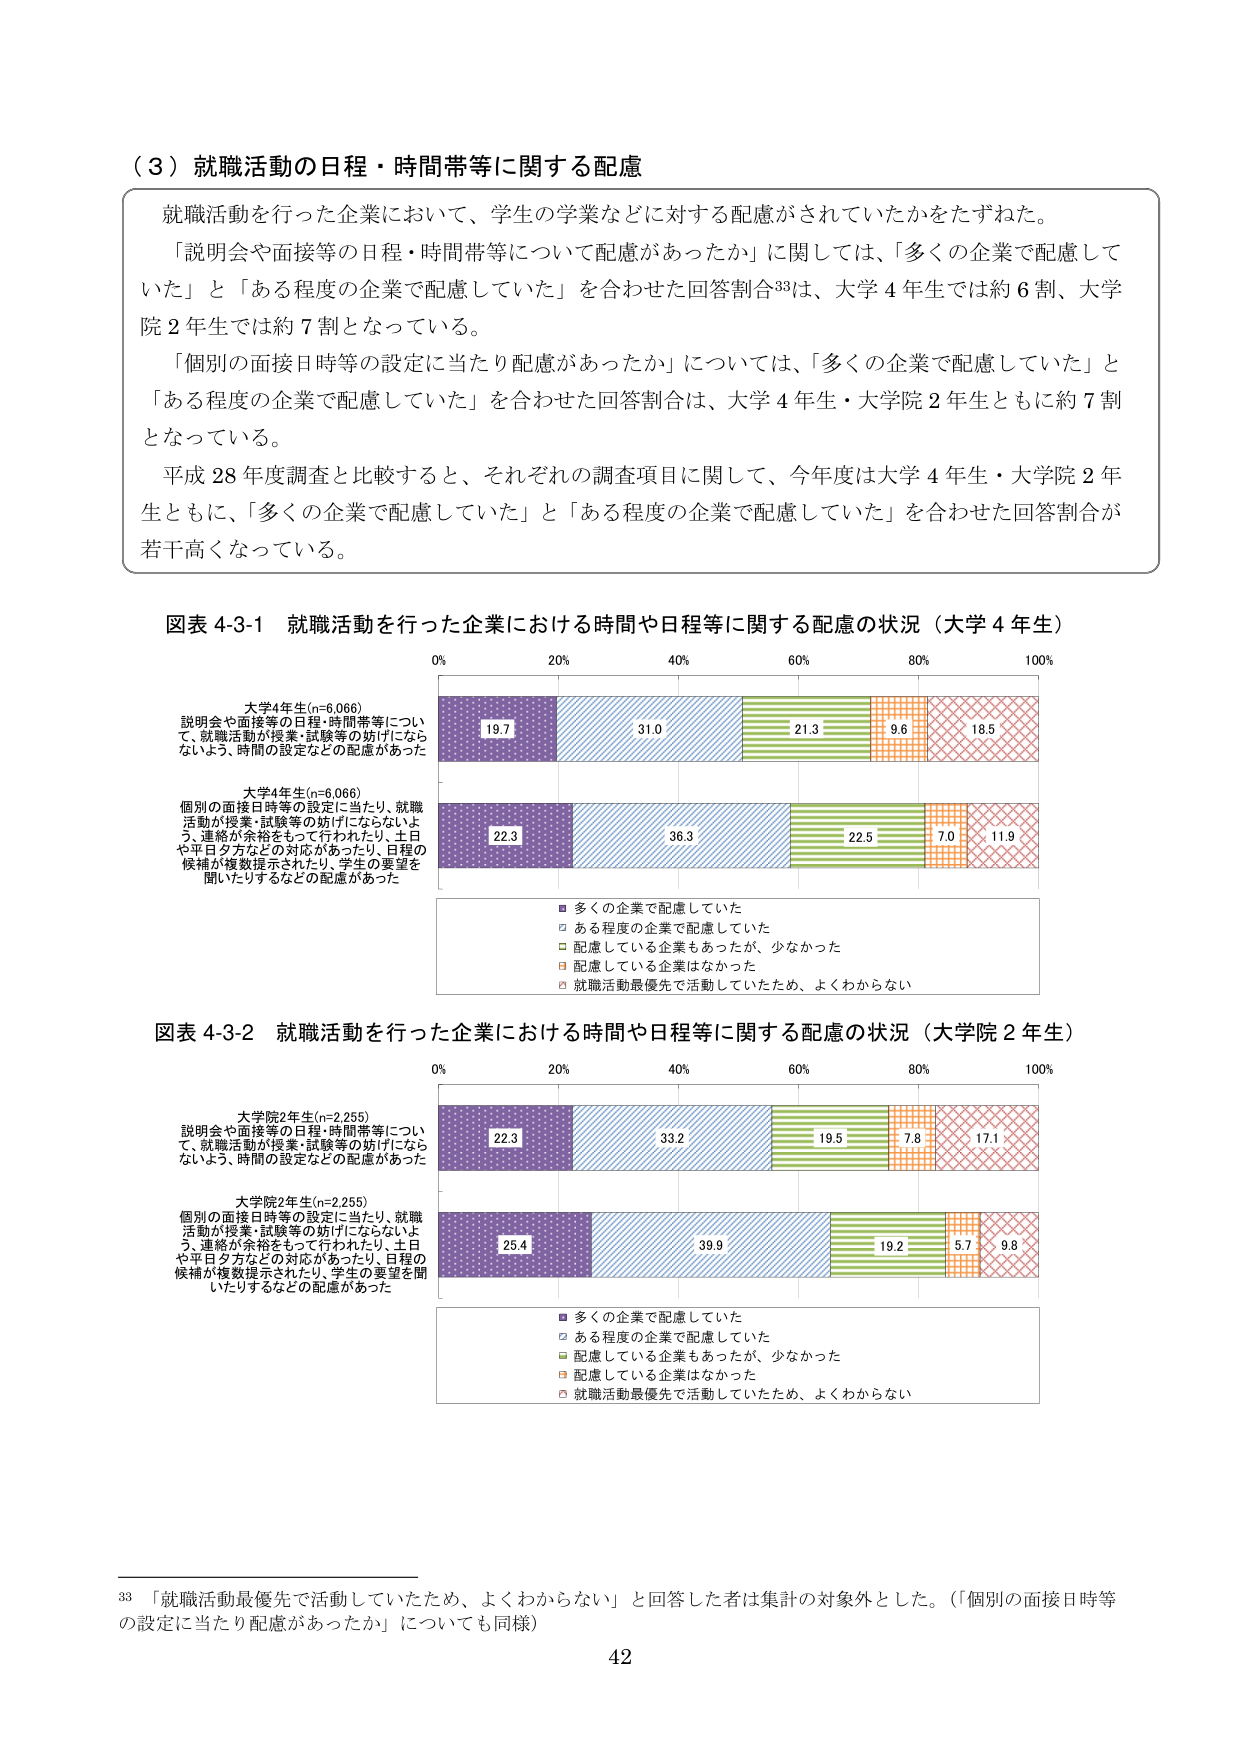
（３）就職活動の日程・時間帯等に関する配慮

就職活動を行った企業において、学生の学業などに対する配慮がされていたかをたずねた。
「説明会や面接等の日程・時間帯等について配慮があったか」に関しては、「多くの企業で配慮していた」と「ある程度の企業で配慮していた」を合わせた回答割合33は、大学４年生では約６割、大学院２年生では約７割となっている。

「個別の面接日時等の設定に当たり配慮があったか」については、「多くの企業で配慮していた」と「ある程度の企業で配慮していた」を合わせた回答割合は、大学４年生・大学院２年生ともに約７割となっている。

平成28年度調査と比較すると、それぞれの調査項目に関して、今年度は大学４年生・大学院２年生ともに、「多くの企業で配慮していた」と「ある程度の企業で配慮していた」を合わせた回答割合が若干高くなっている。

図表 4-3-1 就職活動を行った企業における時間や日程等に関する配慮の状況（大学４年生）

大学4年生(n=6,066)
説明会や面接等の日程・時間帯等について、就職活動が授業・試験等の妨げにならないよう、時間の設定などの配慮があった

大学4年生(n=6,066)
個別の面接日時等の設定に当たり、就職活動が授業・試験等の妨げにならないよう、連絡が余裕をもって行われたり、土日や平日夕方などの対応があったり、日程の候補が複数提示されたり、学生の要望を聞いたりするなどの配慮があった

■ 多くの企業で配慮していた
□ ある程度の企業で配慮していた
■ 配慮している企業もあったが、少なかった
□ 配慮している企業はなかった
□ 就職活動最優先で活動していたため、よくわからない

図表 4-3-2 就職活動を行った企業における時間や日程等に関する配慮の状況（大学院２年生）

大学院2年生(n=2,255)
説明会や面接等の日程・時間帯等について、就職活動が授業・試験等の妨げにならないよう、時間の設定などの配慮があった

大学院2年生(n=2,255)
個別の面接日時等の設定に当たり、就職活動が授業・試験等の妨げにならないよう、連絡が余裕をもって行われたり、土日や平日夕方などの対応があったり、日程の候補が複数提示されたり、学生の要望を聞いたりするなどの配慮があった

■ 多くの企業で配慮していた
□ ある程度の企業で配慮していた
■ 配慮している企業もあったが、少なかった
□ 配慮している企業はなかった
□ 就職活動最優先で活動していたため、よくわからない

33 「就職活動最優先で活動していたため、よくわからない」と回答した者は集計の対象外とした。（「個別の面接日時等の設定に当たり配慮があったか」についても同様）

42